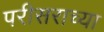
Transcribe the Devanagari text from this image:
परीसराच्या